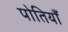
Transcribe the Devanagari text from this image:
पोतियाँ